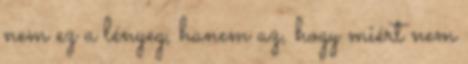
nem ez a lényeg, hanem az, hogy miért nem